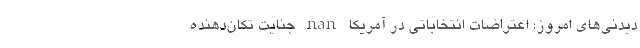
دیدنی‌های امروز؛ اعتراضات انتخاباتی در آمریکا nan جنایت تکان‌دهنده